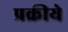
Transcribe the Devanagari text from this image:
प्रक्रीये